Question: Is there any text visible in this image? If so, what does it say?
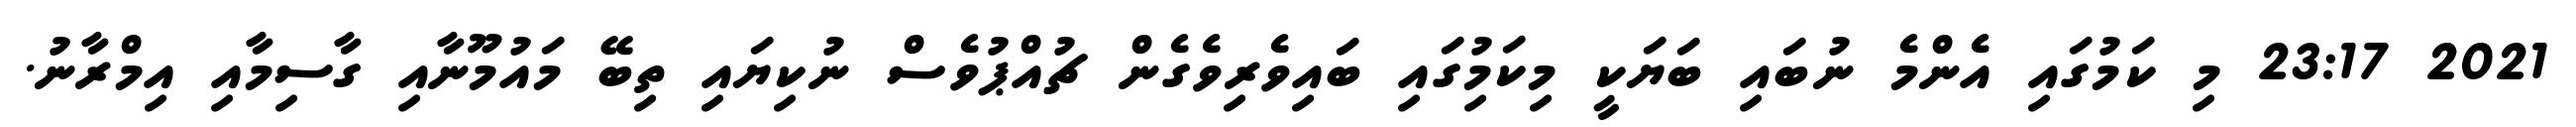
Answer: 2021 23:17 މި ކަމުގައި އެންމެ ނުބައި ބަޔަކީ މިކަމުިގައި ބައިވެރިވެގެން ޗުއްޕުވެސް ނުކިޔައި ތިބޭ މައުމޫނާއި ގާސިމާއި އިމްރާނު.